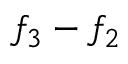
f _ { 3 } - f _ { 2 }